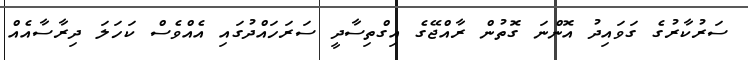
ސަރުކާރުގެ ގަވައިދު އޮންނަ ގޮތުން ރާއްޖޭގެ އިގްތިސާދީ ސަރަހައްދުގައި އެއްވެސް ކަހަލަ ދިރާސާއެއް